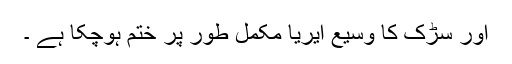
اور سڑک کا وسیع ایریا مکمل طور پر ختم ہوچکا ہے ۔